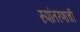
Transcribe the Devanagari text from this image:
रुपांतरणाची